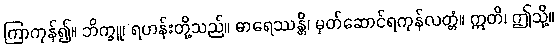
ကြာကုန်၍။ ဘိက္ခူ၊ ရဟန်းတို့သည်။ ဓာရေဿန္တိ၊ မှတ်ဆောင်ရကုန်လတ္တံ။ ဣတိ၊ ဤသို့။